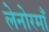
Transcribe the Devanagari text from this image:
लेनोरमाँ